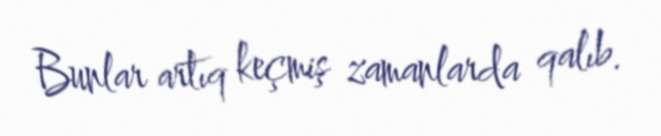
Bunlar artıq keçmiş zamanlarda qalıb.